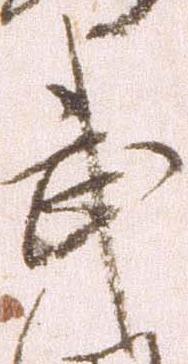
武